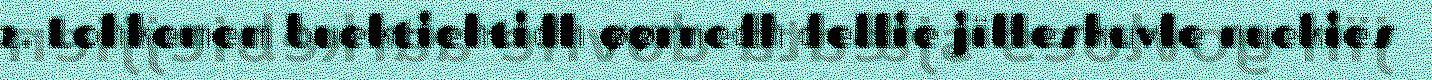
2. Lohkemem buektiehtidh øørnedh dellie jïlleskuvle nuekies